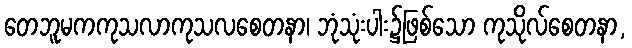
တေဘူမကကုသလာကုသလစေတနာ၊ ဘုံသုံးပါး၌ဖြစ်သော ကုသိုလ်စေတနာ,